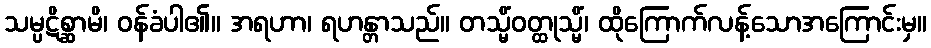
သမ္ပဋိစ္ဆာမိ၊ ဝန်ခံပါ၏။ အရဟာ၊ ရဟန္တာသည်။ တသ္မိံဝတ္ထုသ္မိံ၊ ထိုကြောက်လန့်သောအကြောင်းမှ။